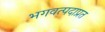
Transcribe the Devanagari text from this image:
भगवत्पदाप्रत